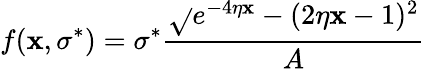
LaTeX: f(\mathbf{x},\sigma^{*})=\sigma^{*}\frac{{\sqrt{}{{e^{-4\eta\mathbf{x}}-(2\eta\mathbf{x}-1)^{2}}}}}{{A}}